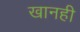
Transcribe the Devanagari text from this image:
खानही